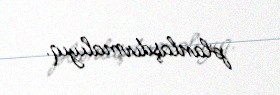
planlaşdırmalıyıq.